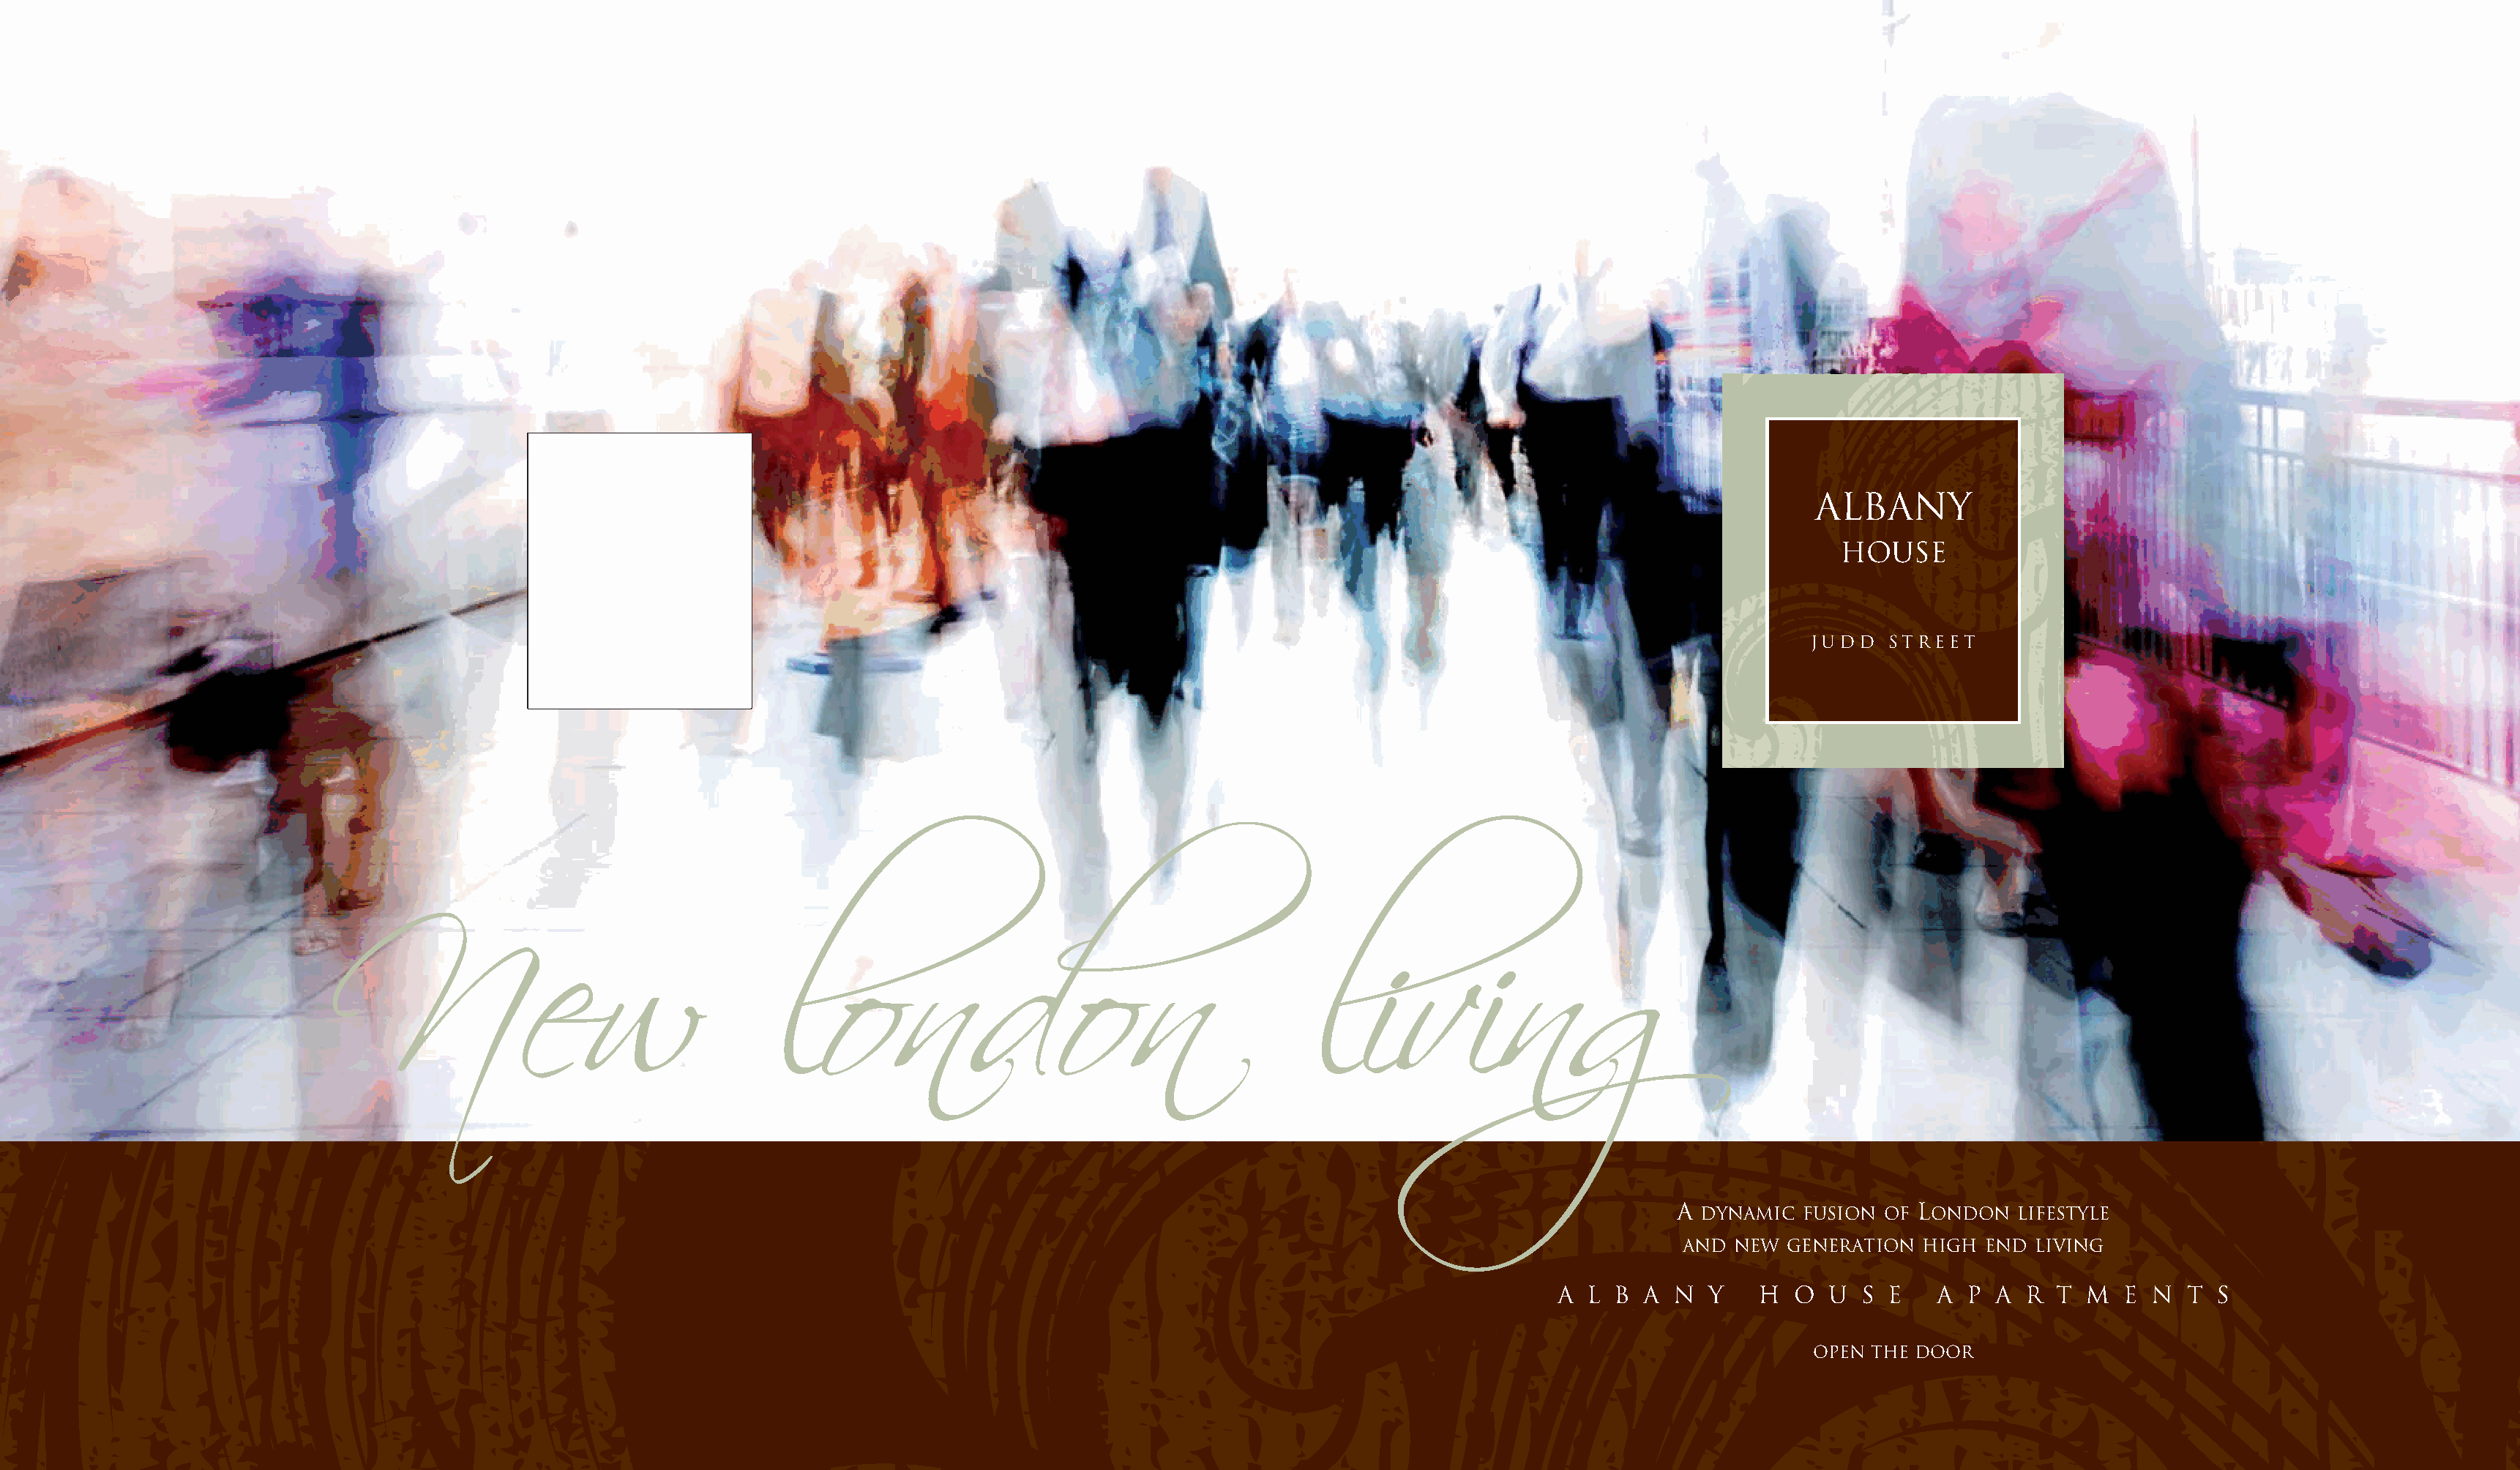
ALBANY
 HOUSE
 JUDD   STREET
 New                               l   ondon                                       living
 A                    L
 DYNAMIC  FUSION OF   ONDON  LIFESTYLE
 AND  NEW  GENERATION  HIGH  END LIVING
 A  L B  A N   Y   H  O  U  S  E   A  P  A R  T  M  E  N  T S
 OPEN THE DOOR